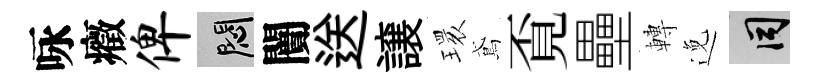
咏癥俾悶闠送譲𤨔鳶覔壘轉𨓜间